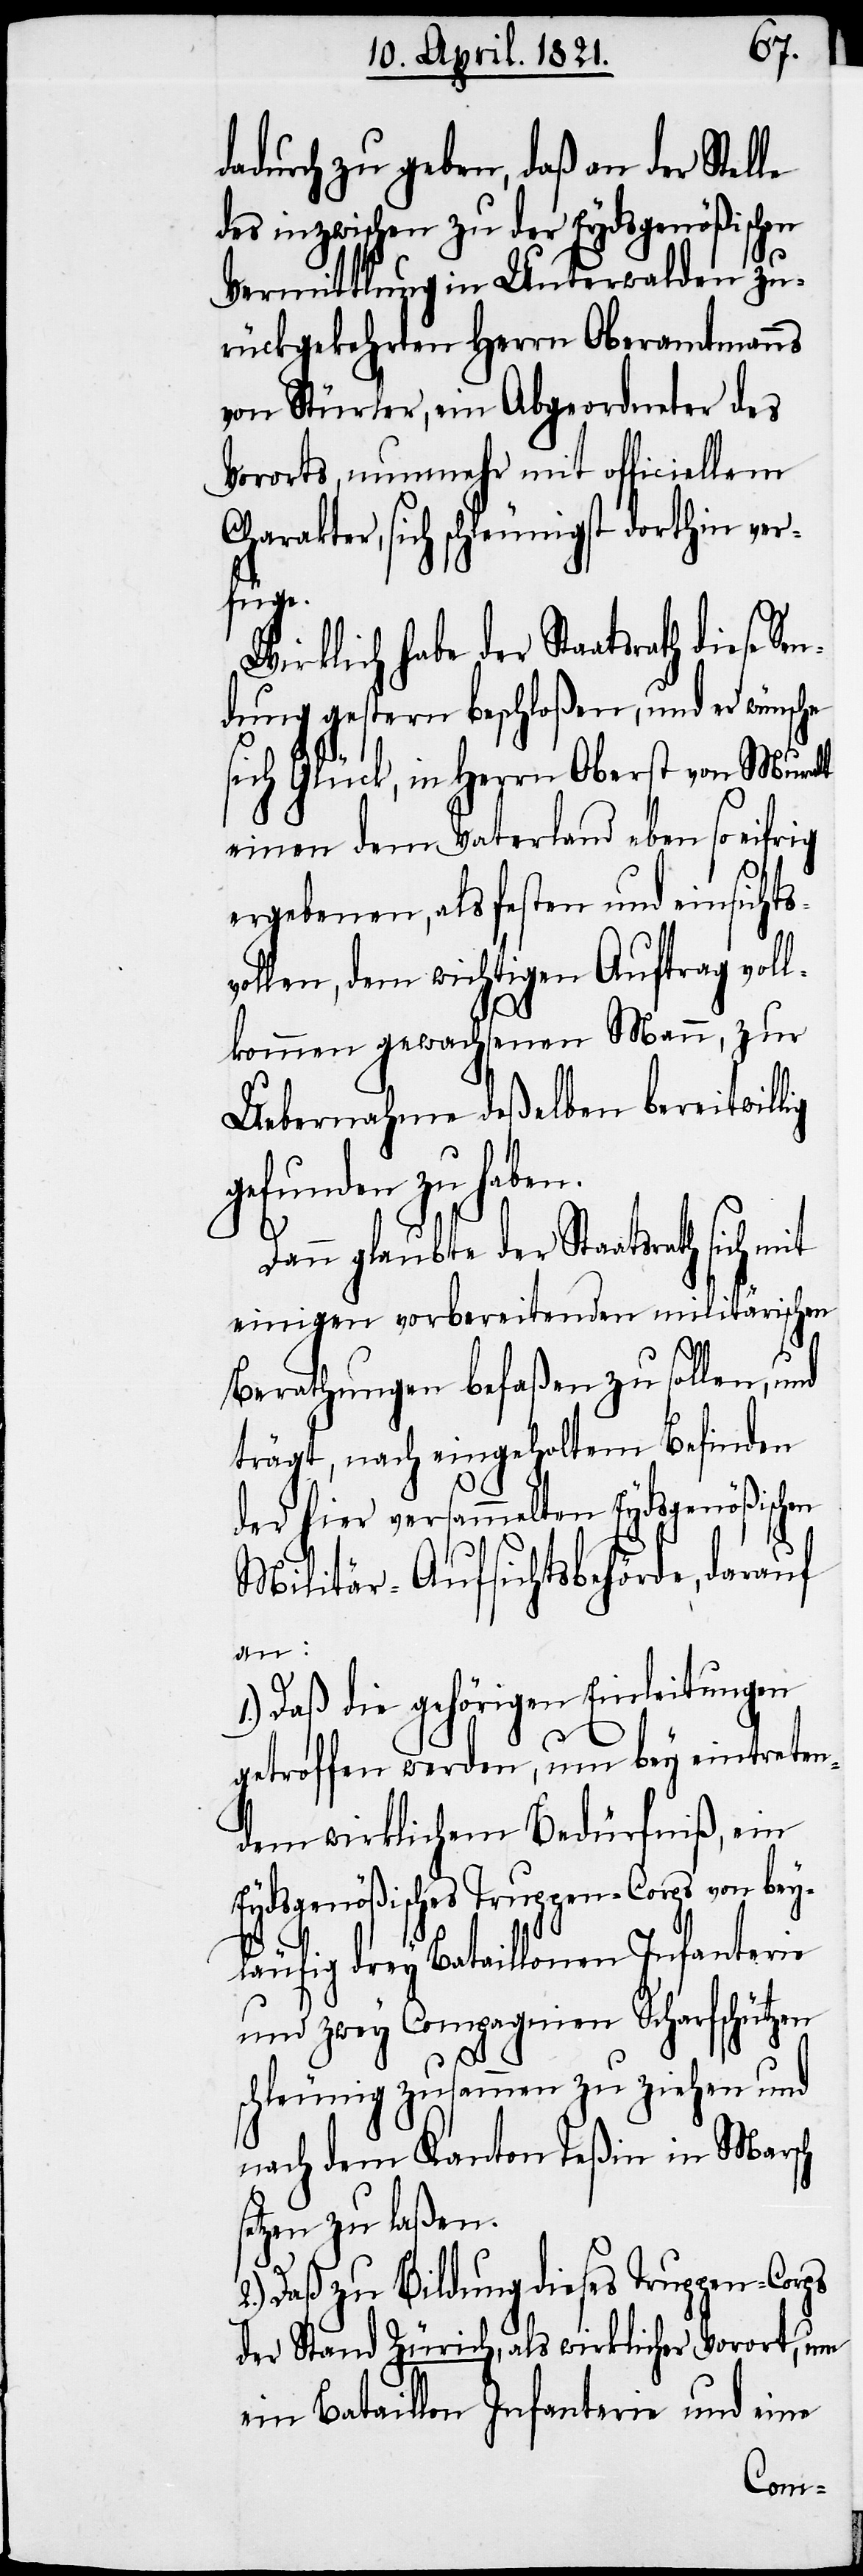
dadurch zu geben, daß an der Stelle
des inzwischen zu der Eydsgenößischen
Vermittlung in Unterwalden zu¬
rückgekehrten Herrn Oberamtmanns
von Stürler, ein Abgeordneter des
Vororts, nunmehr mit officiellem
Charakter, sich schleunigst dorthin ver¬
füge.
Wirklich habe der Staatsrath
dung gestern beschloßen, und er wünsche
sich Glück, in Herrn Oberst von Muralt
einen dem Vaterland eben so eifrig
ergebenen, als festen und einsichts¬
vollen, dem wichtigen Auftrage vol¬
lkommen gewachsenen Mann, zur
Uebernahme deßelben bereitwillig
gefunden zu haben.
Dann glaubte der Staatsrath sich mit
einigen vorbereitenden militärischen
Berathungen befaßen zu sollen, und
trägt, nach eingeholtem Befinden
der hier versammelten Eydsgenößischen
Militär-Aufsichtsbehörde, darauf
an:
1.) Daß die gehörigen Einleitungen
getroffen werden, um bey eintreten¬
dem wirklichen Bedürfniß, ein
Eydsgenößisches Truppen-Corps von be¬
yläufig drey Bataillonen Infanterie
und zwey Compagnien Scharfschützen
schleunig zusammen zu ziehen und
nach dem Kanton Teßin in Marsch
setzen zu laßen.
Daß zu Bildung dieses Truppen-Corps
der Stand Zürich, als wirklicher Vorort, um
ein Bataillon Infanterie und eine